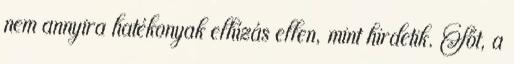
nem annyira hatékonyak elhízás ellen, mint hirdetik. Sőt, a